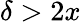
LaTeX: \delta>2x